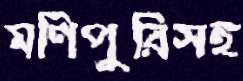
মণিপুরিসহ